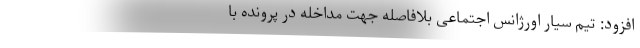
افزود: تیم سیار اورژانس اجتماعی بلافاصله جهت مداخله در پرونده با